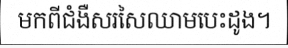
មកពីជំងឺសរសៃឈាមបេះដូង។